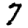
Digit: 7